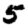
Digit: 5